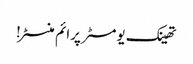
تھینک یومسٹر پرائم منسٹر!